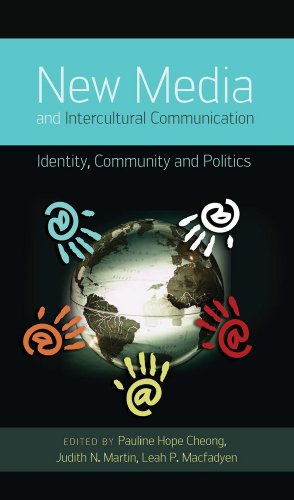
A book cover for New Media and Intercultural Communication: Identity, Community and Politics (Critical Intercultural Communication Studies); Computers & Technology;